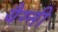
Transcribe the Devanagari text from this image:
यैग्नी